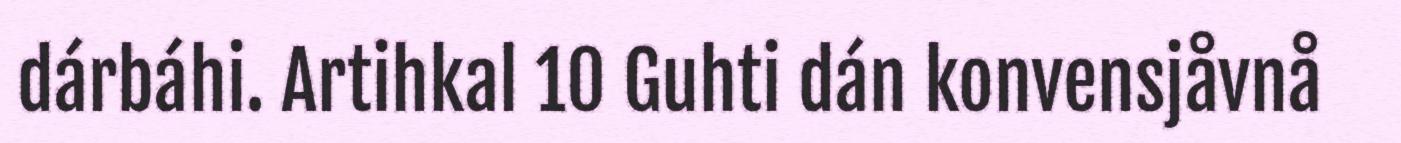
dárbáhi. Artihkal 10 Guhti dán konvensjåvnå